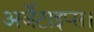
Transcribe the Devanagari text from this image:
अर्जेंटाइप्स।